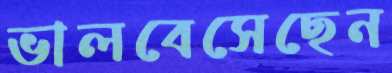
ভালবেসেছেন